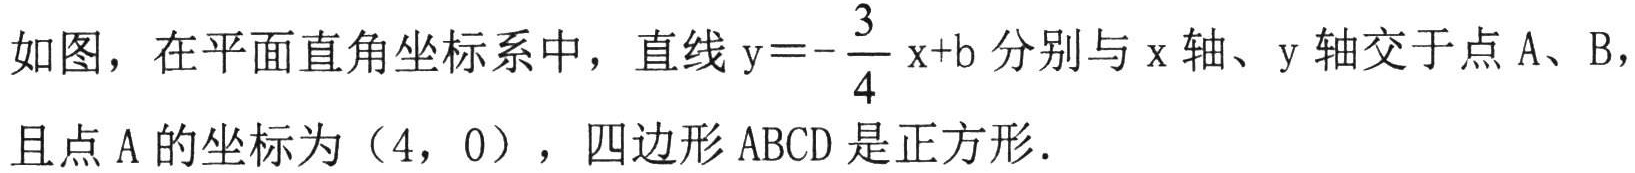
如图，在平面直角坐标系中，直线\(y = -\dfrac{3}{4}x + b\)分别与\(x\)轴、\(y\)轴交于点\(A\)、\(B\)，且点\(A\)的坐标为\((4,0)\)，四边形\(ABCD\)是正方形．